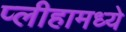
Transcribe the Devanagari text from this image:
प्लीहामध्ये